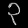
Digit: ၃